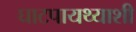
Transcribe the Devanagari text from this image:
घाटपायथ्याशी